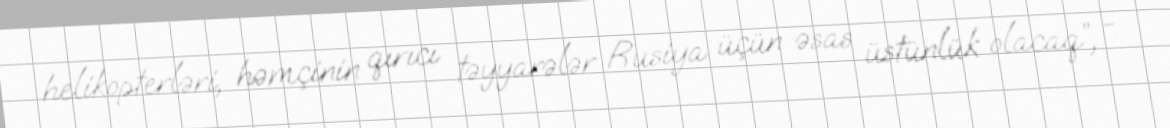
helikopterləri, həmçinin qırıcı təyyarələr Rusiya üçün əsas üstünlük olacaq”, -